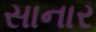
સાનાર